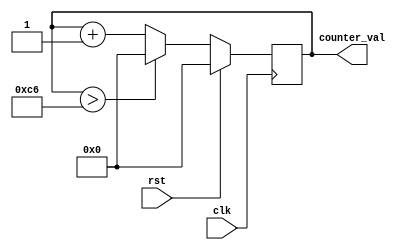
// parameter defines the width of the counter
// MAX defines the mod reset value of the counter

module counter_n #(parameter WIDTH = 8, MAX = 200) 
(
    input clk,
    input rst,
    output reg[WIDTH-1:0] counter_val
);

    always @(posedge clk) 
    begin

        if(rst)
            counter_val <= 0;
        else
        begin
            if(counter_val > MAX - 2)
                counter_val <= 0;
            else
                counter_val <= counter_val + 1;
        end
    end
    
endmodule